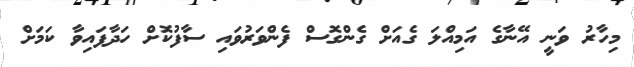
މިހާރު ވަނީ އޭނާގެ އަމިއްލަ ގެއަށް ގެންގޮސް ފެންވަރުވައި ސާފުކޮށް ހަދާފައިވާ ކަމަށް